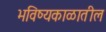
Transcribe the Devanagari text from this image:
भविष्यकाळातील